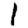
Digit: 1